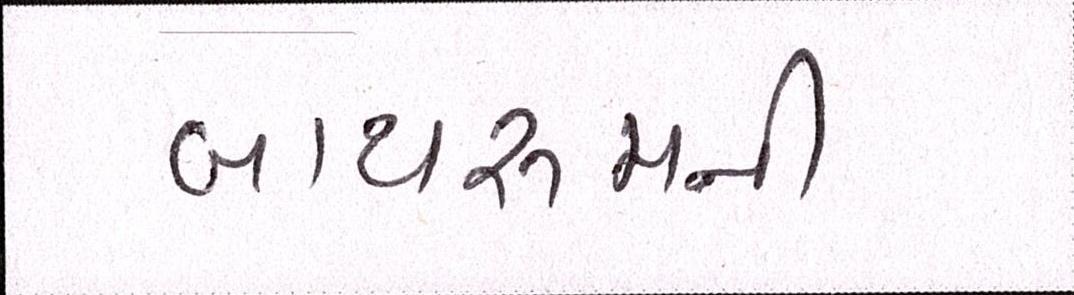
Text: બાથરૂમની